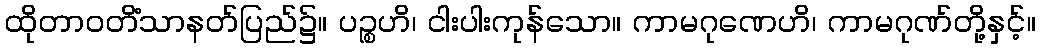
ထိုတာဝတိံသာနတ်ပြည်၌။ ပဉ္စဟိ၊ ငါးပါးကုန်သော။ ကာမဂုဏေဟိ၊ ကာမဂုဏ်တို့နှင့်။